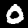
Label: 0